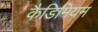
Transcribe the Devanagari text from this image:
कैडिमियम